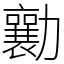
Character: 勷